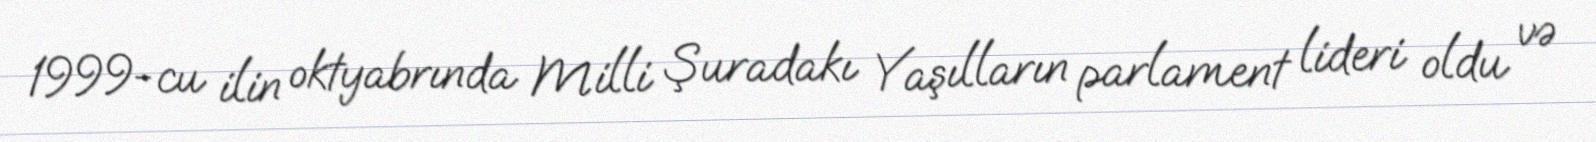
1999-cu ilin oktyabrında Milli Şuradakı Yaşılların parlament lideri oldu və